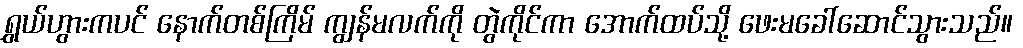
ရွှယ်ဟွားကပင် နောက်တစ်ကြိမ် ကျွန်မလက်ကို တွဲကိုင်ကာ အောက်ထပ်သို့ ဖေးမခေါ်ဆောင်သွားသည်။